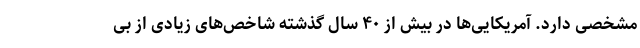
مشخصی دارد. آمریکایی‌ها در بیش از ۴۰ سال گذشته شاخص‌های زیادی از بی